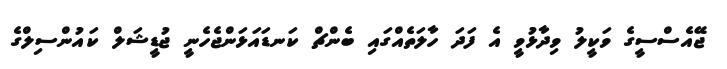
ޖޭއެސްސީގެ ވަކީލު ވިދާޅުވީ އެ ފަދަ ހާލަތެއްގައި ބެންޗް ކަނޑައަޅަންޖެހެނީ ޖުޑީޝަލް ކައުންސިލްގެ